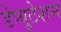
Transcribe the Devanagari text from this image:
डेप्युटेशन